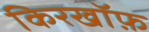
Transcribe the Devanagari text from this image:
किरखॉफ़